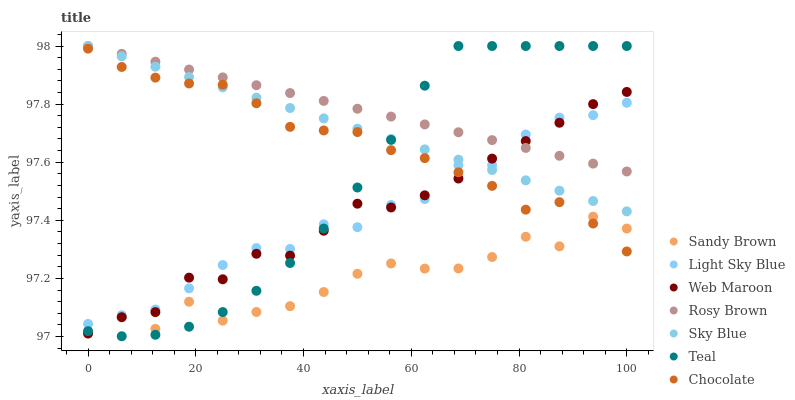
| xaxis_label | Sandy Brown | Light Sky Blue | Web Maroon | Rosy Brown | Sky Blue | Teal | Chocolate |
 | --- | --- | --- | --- | --- | --- | --- | --- |
 | 0 | 97 | 97 | 97 | 98 | 98 | 97 | 98 |
 | 6.25 | 97.1 | 97.1 | 97.1 | 98 | 98 | 97 | 97.9 |
 | 12.5 | 97 | 97.1 | 97.1 | 97.9 | 97.9 | 97 | 97.9 |
 | 18.8 | 97.1 | 97.2 | 97.2 | 97.9 | 97.9 | 97 | 97.9 |
 | 25 | 97.1 | 97.2 | 97.2 | 97.9 | 97.9 | 97.1 | 97.9 |
 | 31.2 | 97.1 | 97.3 | 97.3 | 97.9 | 97.8 | 97.2 | 97.8 |
 | 37.5 | 97.1 | 97.3 | 97.3 | 97.8 | 97.8 | 97.3 | 97.7 |
 | 43.8 | 97.2 | 97.4 | 97.4 | 97.8 | 97.8 | 97.4 | 97.7 |
 | 50 | 97.2 | 97.4 | 97.5 | 97.8 | 97.7 | 97.5 | 97.7 |
 | 56.2 | 97.3 | 97.5 | 97.4 | 97.8 | 97.7 | 97.7 | 97.6 |
 | 62.5 | 97.2 | 97.5 | 97.5 | 97.7 | 97.6 | 97.9 | 97.6 |
 | 68.8 | 97.2 | 97.6 | 97.5 | 97.7 | 97.6 | 98 | 97.6 |
 | 75 | 97.3 | 97.6 | 97.6 | 97.7 | 97.6 | 98 | 97.5 |
 | 81.2 | 97.3 | 97.7 | 97.7 | 97.6 | 97.5 | 98 | 97.4 |
 | 87.5 | 97.3 | 97.8 | 97.7 | 97.6 | 97.5 | 98 | 97.5 |
 | 93.8 | 97.4 | 97.8 | 97.8 | 97.6 | 97.5 | 98 | 97.4 |
 | 100 | 97.4 | 97.8 | 97.8 | 97.6 | 97.4 | 98 | 97.3 |